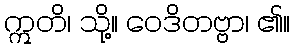
ဣတိ၊ သို့။ ဝေဒိတဗ္ဗာ၊ ၏။